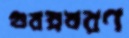
গুরম্নবরণ